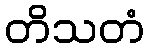
တိသတံ